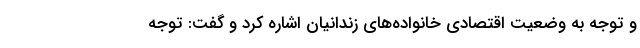
و توجه به وضعیت اقتصادی خانواده‌های زندانیان اشاره کرد و گفت: توجه